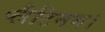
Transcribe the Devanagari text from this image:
प्लैटिनम।